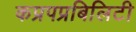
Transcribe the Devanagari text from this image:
कप्रपप्रबिलिटी